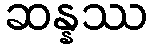
ဆန္နဿ